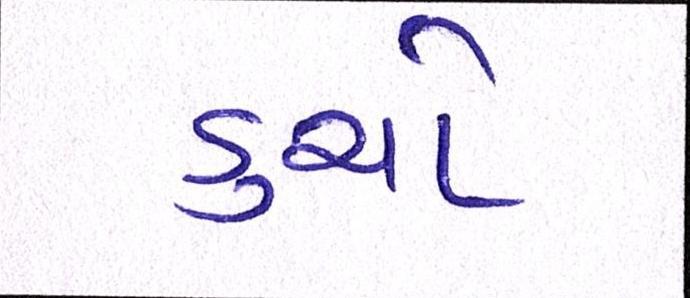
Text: ડુચો